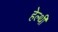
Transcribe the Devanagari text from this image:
हेल्थी